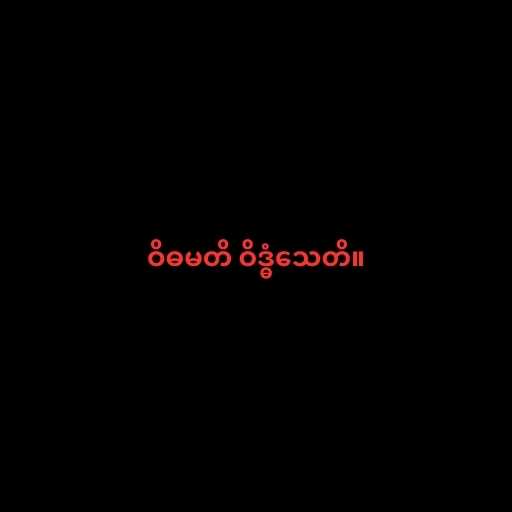
ဝိဓမတိ ဝိဒ္ဓံသေတိ။